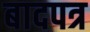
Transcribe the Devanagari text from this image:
बादपत्र